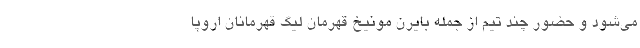
می‌شود و حضور چند تیم از جمله بایرن مونیخ قهرمان لیگ قهرمانان اروپا